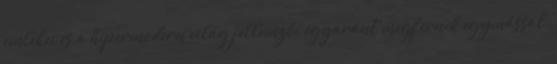
emlékei és a hipermodern világ jellemzői egyaránt megférnek egymással,